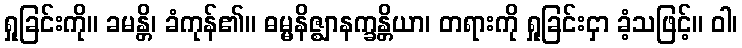
ရှုခြင်းကို။ ခမန္တိ၊ ခံကုန်၏။ ဓမ္မနိဇ္ဈာနက္ခန္တိယာ၊ တရားကို ရှုခြင်းငှာ ခံ့သဖြင့်။ ဝါ၊